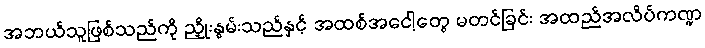
အဘယ်သူဖြစ်သည်ကို ညှိုးနွမ်းသည်နှင့် အထစ်အငေါ့တွေ မတင်ခြင်း အထည်အလိပ်ကဏ္ဍ